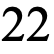
22